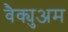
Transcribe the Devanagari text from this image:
वैक्युअम